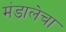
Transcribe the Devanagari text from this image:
मंडालेचा